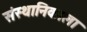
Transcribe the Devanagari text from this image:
संस्थानिकाला